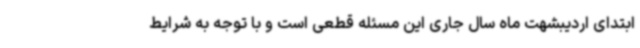
ابتدای اردیبشهت ماه سال جاری این مسئله قطعی است و با توجه به شرایط